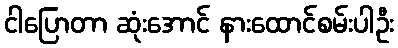
ငါပြောတာ ဆုံးအောင် နားထောင်စမ်းပါဦး